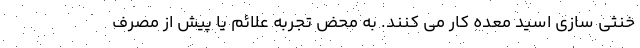
خنثی سازی اسید معده کار می کنند. به محض تجربه علائم یا پیش از مصرف